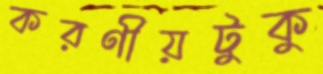
করণীয়টুকু